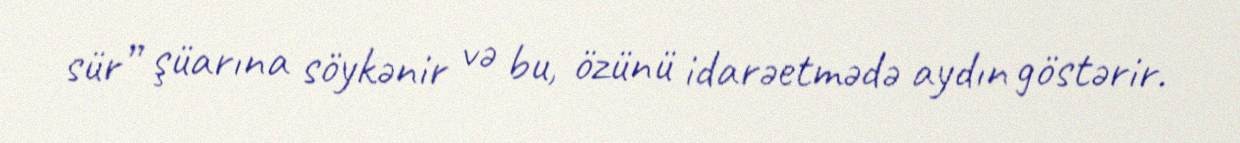
sür” şüarına söykənir və bu, özünü idarəetmədə aydın göstərir.